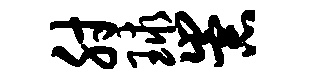
肘球崇